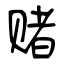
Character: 赌